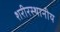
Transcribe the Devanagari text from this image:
शरीरस्थानीय